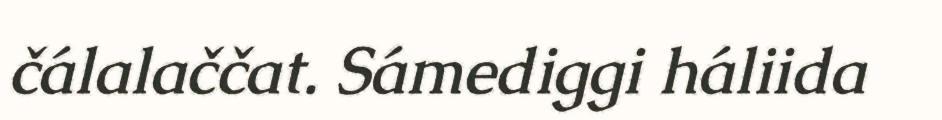
čálalaččat. Sámediggi háliida